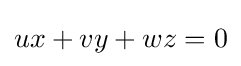
ux+vy+wz=0